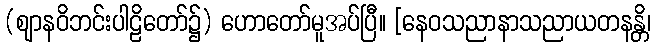
(ဈာနဝိဘင်းပါဠိတော်၌) ဟောတော်မူအပ်ပြီ။ [နေဝသညာနာသညာယတနန္တိ၊